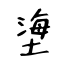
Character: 塰